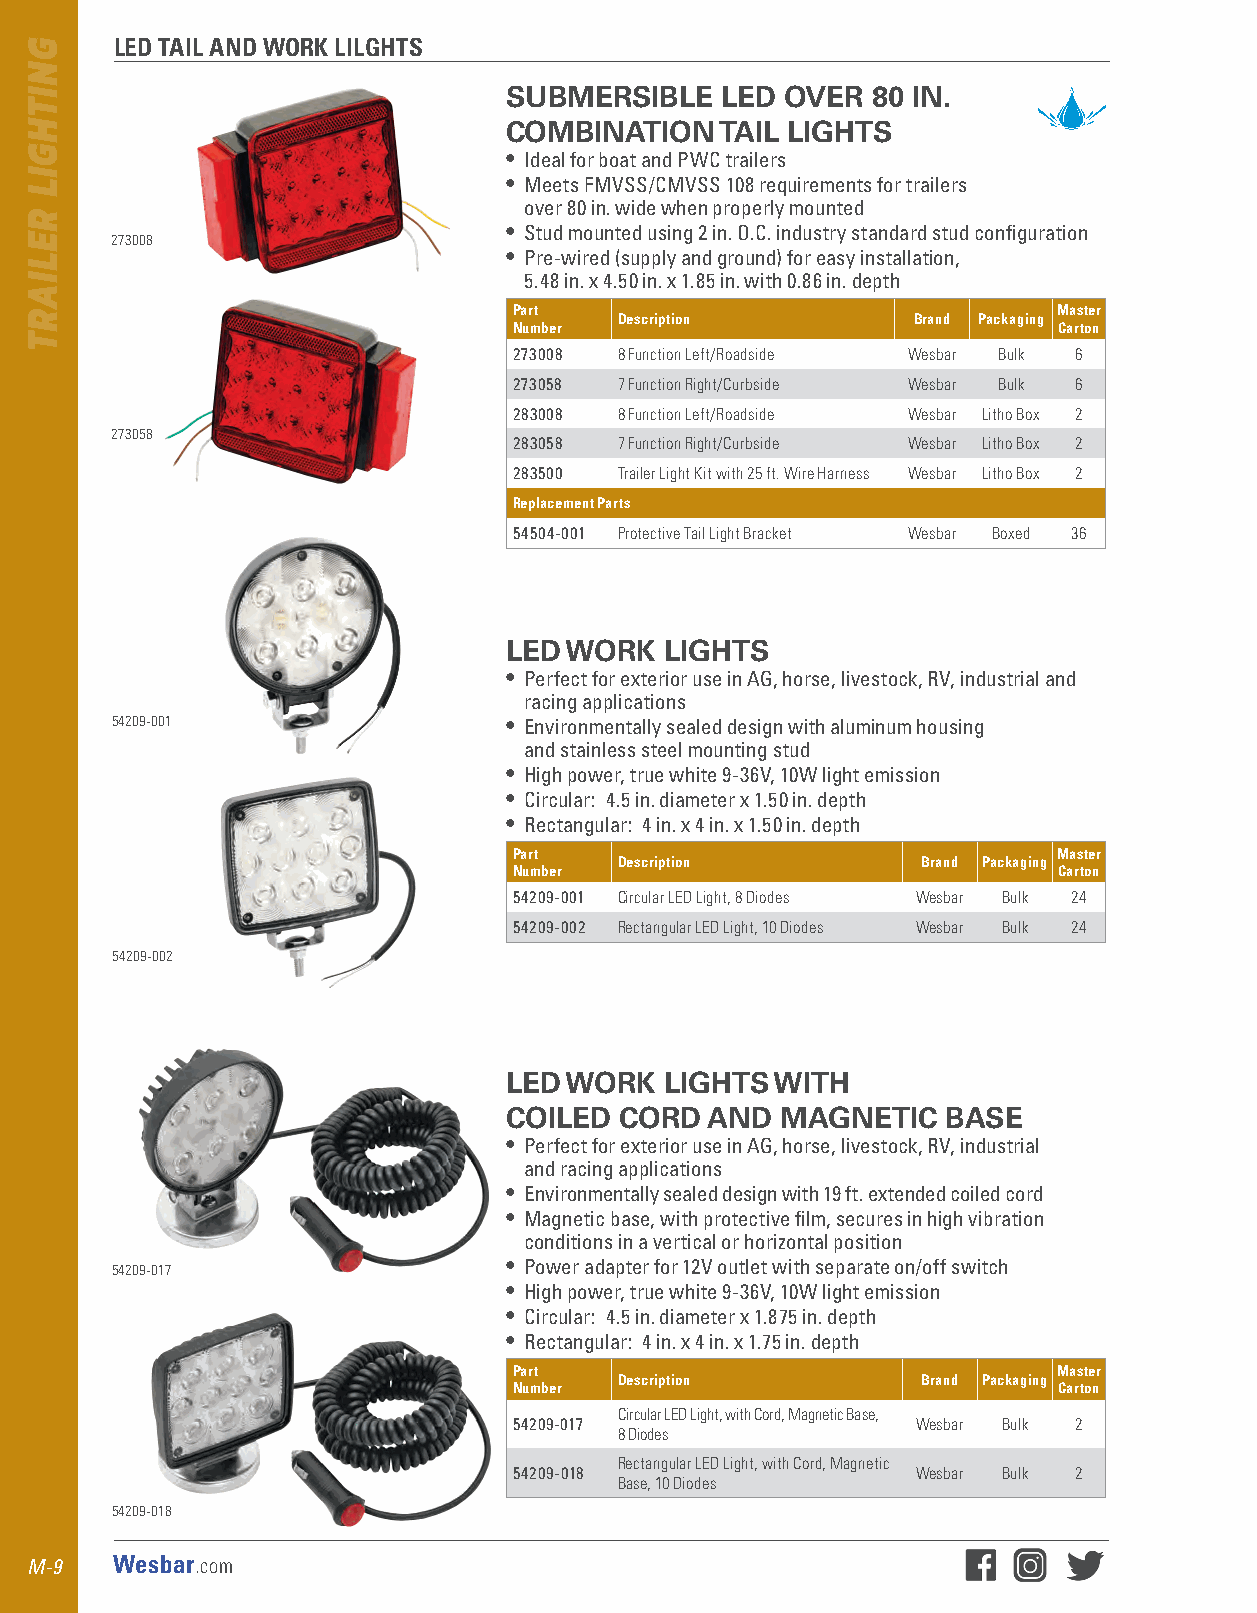
LED TAIL AND WORK LILGHTS
 SUBMERSIBLE    LED OVER  80 IN.
 COMBINATION    TAIL LIGHTS
 • Ideal for boat and PWC trailers
 • Meets FMVSS/CMVSS 108 requirements for trailers
 over 80 in . wide when properly mounted
 • Stud mounted using 2 in . O .C . industry standard stud configuration
 273008
 • Pre-wired (supply and ground) for easy installation,
 5 .48 in . x 4 .50 in . x 1 .85 in . with 0 .86 in . depth
 Part                                Master
 Description        Brand Packaging
 Number                              Carton
 273008 8 Function Left/Roadside Wesbar Bulk 6
 273058 7 Function Right/Curbside Wesbar Bulk 6
 283008 8 Function Left/Roadside Wesbar Litho Box 2
 273058
 283058 7 Function Right/Curbside Wesbar Litho Box 2
 283500 Trailer Light Kit with 25 ft. Wire Harness Wesbar Litho Box 2
 Replacement Parts
 54504-001 Protective Tail Light Bracket Wesbar Boxed 36
 LED WORK   LIGHTS
 • Perfect for exterior use in AG, horse, livestock, RV, industrial and
 racing applications
 54209-001                 • Environmentally sealed design with aluminum housing
 and stainless steel mounting stud
 • High power, true white 9-36V, 10W light emission
 • Circular: 4 .5 in . diameter x 1 .50 in . depth
 • Rectangular: 4 in . x 4 in . x 1 .50 in . depth
 Part                                Master
 Description         Brand Packaging
 Number                              Carton
 54209-001 Circular LED Light, 8 Diodes Wesbar Bulk 24
 54209-002 Rectangular LED Light, 10 Diodes Wesbar Bulk 24
 54209-002
 LED WORK   LIGHTS WITH
 COILED  CORD  AND  MAGNETIC   BASE
 • Perfect for exterior use in AG, horse, livestock, RV, industrial
 and racing applications
 • Environmentally sealed design with 19 ft . extended coiled cord
 • Magnetic base, with protective film, secures in high vibration
 conditions in a vertical or horizontal position
 54209-017                 • Power adapter for 12V outlet with separate on/off switch
 • High power, true white 9-36V, 10W light emission
 • Circular: 4 .5 in . diameter x 1 .875 in . depth
 • Rectangular: 4 in . x 4 in . x 1 .75 in . depth
 Part                                Master
 Description         Brand Packaging
 Number                              Carton
 Circular LED Light, with Cord, Magnetic Base,
 54209-017                  Wesbar Bulk 2
 8 Diodes
 Rectangular LED Light, with Cord, Magnetic
 54209-018                  Wesbar Bulk 2
 Base, 10 Diodes
 54209-018
 M-9  Wesbar.com
 GNITHGIL
 RELIART